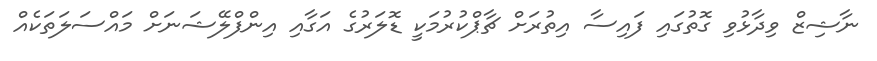
ނާޝިޒް ވިދާޅުވި ގޮތުގައި ފައިސާ އިތުރަށް ޗާޕްކުރުމަކީ ޑޮލަރުގެ އަގާއި އިންފްލޭޝަނަށް މައްސަލަތަކެއް